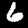
Digit: 6